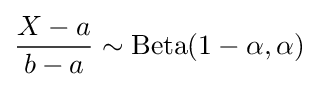
{\frac {X-a}{b-a}}\sim {\rm {Beta}}(1-\alpha ,\alpha )\